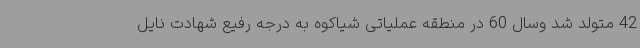
42 متولد شد وسال 60 در منطقه عملیاتی شیاکوه به درجه رفیع شهادت نایل